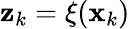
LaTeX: \mathbf{z}_{k}=\xi(\mathbf{x}_{k})